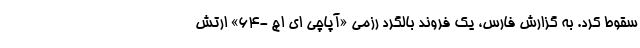
سقوط کرد. به گزارش فارس، یک فروند بالگرد رزمی «آپاچی ای اچ -64» ارتش